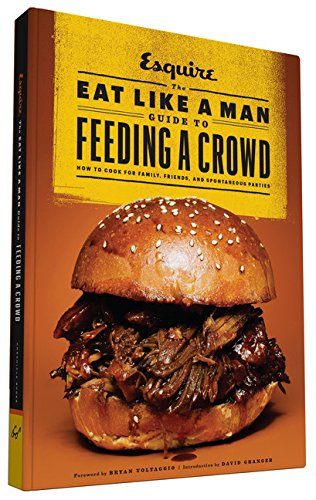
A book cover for The Eat Like a Man Guide to Feeding a Crowd: How to Cook for Family, Friends, and Spontaneous Parties; Cookbooks, Food & Wine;